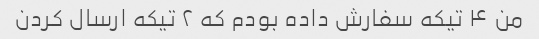
من ۴ تیکه سفارش داده بودم که ۲ تیکه ارسال کردن